Veterinary regulations India, 1939 -
Year: 1939
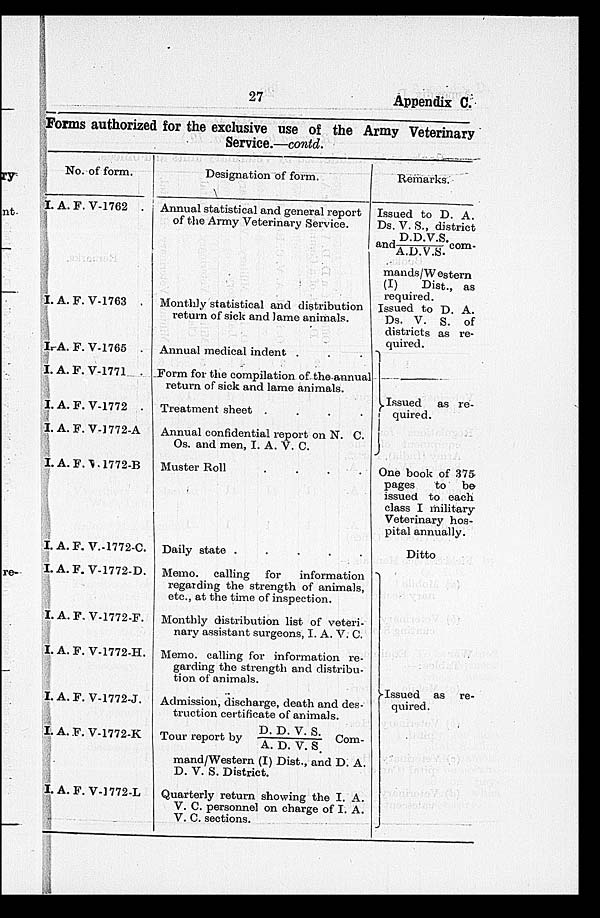
27
Appendix C.
Forms authorized for the exclusive use of the Army Veterinary
Service.—contd.
No. of form.
I. A. F. V-1762 .
I. A. F. V-1763 .
I. A. F. V-1765 .
I. A. F. V-1771 .
I. A. F. V-1772 .
I. A. F. V-1772-A
I. A. F. V-1772-B
I. A. F. V.-1772-C.
I. A. F. V-1772-D.
I. A. F. V-1772-F.
I. A. F. V-1772-H.
I. A. F. V-1772-J.
I. A. F. V-1772-K
I. A. F. V-1772-L
Designation of form.
Annual statistical and general report
of the Army Veterinary Service.
Monthly statistical and distribution
return of sick and lame animals.
Annual medical indent . . .
Form for the compilation of the annual
return of sick and lame animals.
Treatment sheet .
.
.
.
Annual confidential report on N. C.
Os. and men, I. A. V. C.
Muster Roll
.
.
.
.
Daily state .
.
.
.
.
Memo, calling for
information
regarding the strength of animals,
etc., at the time of inspection.
Monthly distribution list of veteri-
nary assistant surgeons, I. A. V. C.
Memo, calling for information re-
garding the strength and distribu-
tion of animals.
Admission, discharge, death and des-
truction certificate of animals.
Tour report by D. D. V. S./A.D.V.S. Com-
mand/Western (I) Dist., and D. A.
D. V. S. District.
Quarterly return showing the I. A.
V. C. personnel on charge of I. A.
V. C. sections.
Remarks.
Issued to D. A.
Ds. V. S., district
and D.D.V.S./A.D.V.S.
com-
mands/Western
(I)
Dist., as
required.
Issued to D. A.
Ds. V. S. of
districts as re-
quired.
Issued as re-
quired.
One book of 375
pages
to
be
issued to each
class I military
Veterinary hos-
pital annually.
Ditto
Issued as re-
quired.